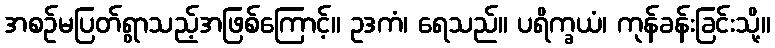
အစဉ်မပြတ်ရွာသည့်အဖြစ်ကြောင့်။ ဥဒကံ၊ ရေသည်။ ပရိက္ခယံ၊ ကုန်ခန်းခြင်းသို့။